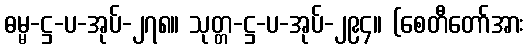
ဓမ္မ-ဋ္ဌ-ပ-အုပ်-၂၇၈။ သုတ္တ-ဋ္ဌ-ပ-အုပ်-၂၉၄။ (စေတီတော်အား